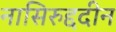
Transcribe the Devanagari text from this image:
नासिरुद्ददीन